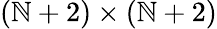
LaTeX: (\mathbb{N}+2)\times(\mathbb{N}+2)